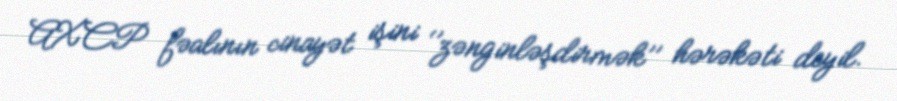
AXCP fəalının cinayət işini ‘’zənginləşdirmək’’ hərəkəti deyil.